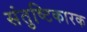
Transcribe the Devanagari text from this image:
संतुष्टिकारक